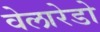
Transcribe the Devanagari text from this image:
वेलारेडो